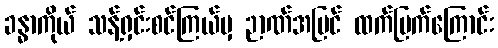
ခန္ဓာကိုယ် သန့်ရှင်းစင်ကြယ်မှ ဉာဏ်အမြင် ထက်မြက်ကြောင်း